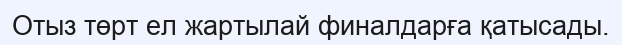
Отыз төрт ел жартылай финалдарға қатысады.